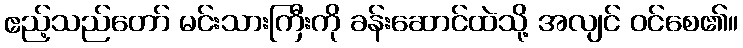
ဧည့်သည်တော် မင်းသားကြီးကို ခန်းဆောင်ထဲသို့ အလျင် ဝင်စေ၏။